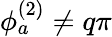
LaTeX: \phi_{a}^{(2)}\neq q\pi